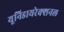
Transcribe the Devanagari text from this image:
यूनिडायरेक्शनल